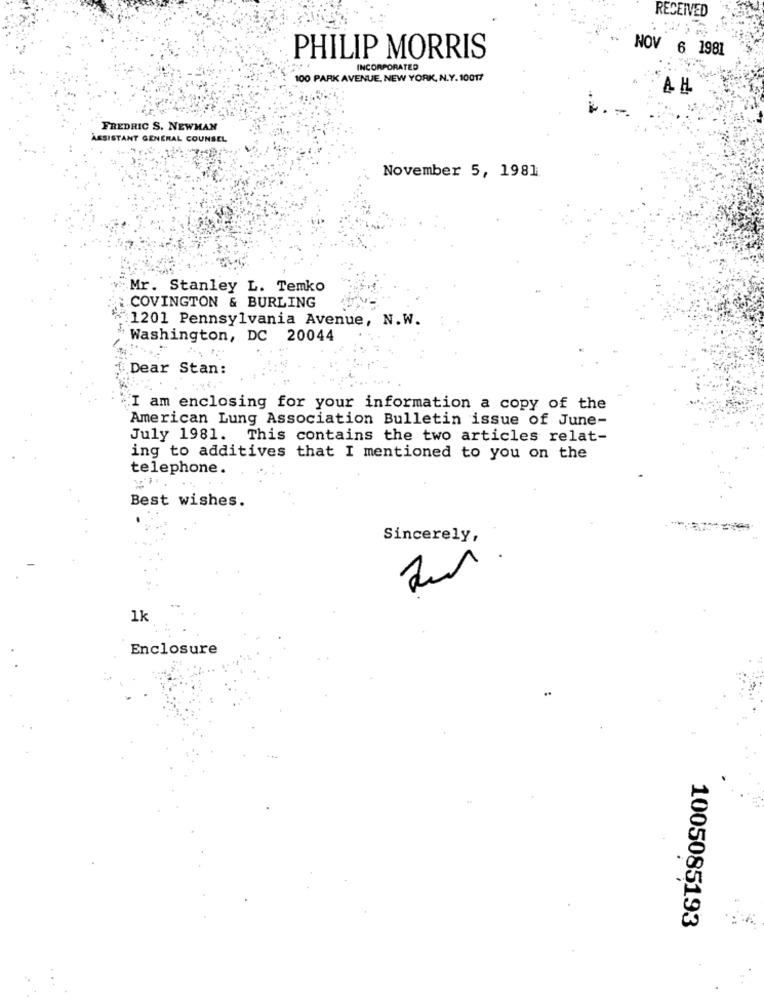
RECEIVED
NOV 6 1981
PHILIP MORRIS
INCORPORATED
100 PARK AVENUE, NEW YORK, N.Y. 10017
FREDRIC S. NEWHAN
ASSISTANT GENERAL COUNSEL
November 5, 1981
Mr. Stanley L. Temko
COVINGTON & BURLING
1201 Pennsylvania Avenue, N.W.
Washington, DC 20044
Dear Stan:
I am enclosing for your information a copy of the
American Lung Association Bulletin issue of June-
July 1981. This contains the two articles relat-
ing to additives that I mentioned to you on the
telephone.
Best wishes.
Sincerely,
L
20
1k
Enclosure
1005085193